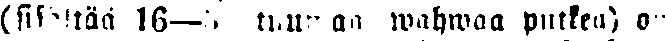
(sisältää 16—3 tuumaa wahwaa putkea) on